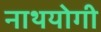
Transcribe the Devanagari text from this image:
नाथयोगी